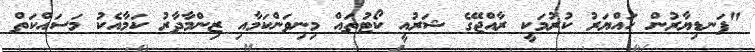
"ފަނޑިޔާރުން ހައްޔަރު ކުރުމަކީ ރާއްޖޭގެ ޝަރުއީ ކޯޓުތައް މިނިވަންކަމާއި ޒިންމާދާރު ކަމާއެކު މަސައްކަތް